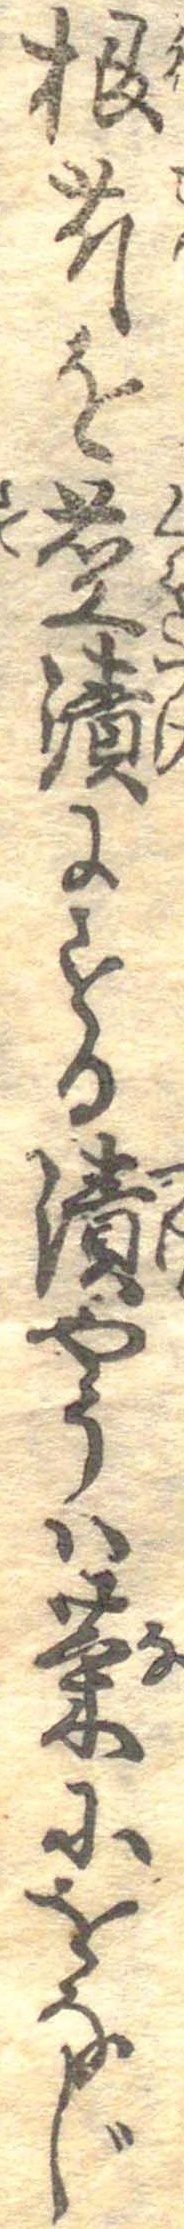
根芹を茎漬にする漬やうは葉にをなじ